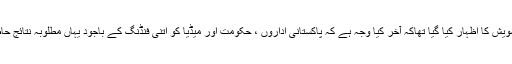
رپورٹ میں اس تشویش کا اظہار کیا گیا تھاکہ آخر کیا وجہ ہے کہ پاکستانی اداروں ، حکومت اور میڈیا کو اتنی فنڈنگ کے باجود یہاں مطلوبہ نتائج حاصل نہیں ہو رہے ۔